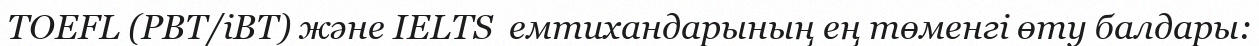
TOEFL (PBT/iBT) және IELTS  емтихандарының ең төменгі өту балдары: